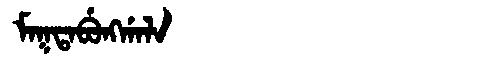
Manchu: ᠮᠠᡴᡨᠠᠪᡠᠩᡤᠠᠯᠠ
Romanization: MAKTABUNGGALA